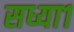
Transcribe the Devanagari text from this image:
सध्या१